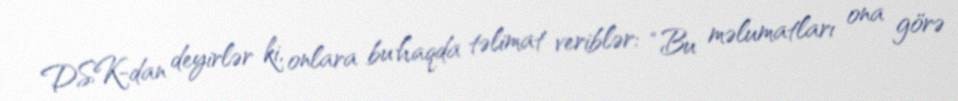
DSK-dan deyirlər ki, onlara bu haqda təlimat veriblər: “Bu məlumatları ona görə